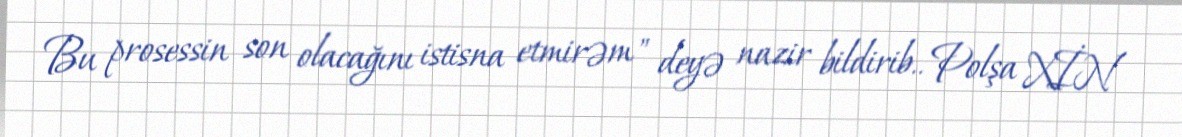
Bu prosessin son olacağını istisna etmirəm" deyə nazir bildirib.. Polşa XİN